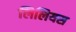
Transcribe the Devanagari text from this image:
लिलियस